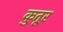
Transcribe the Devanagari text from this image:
कुतूर